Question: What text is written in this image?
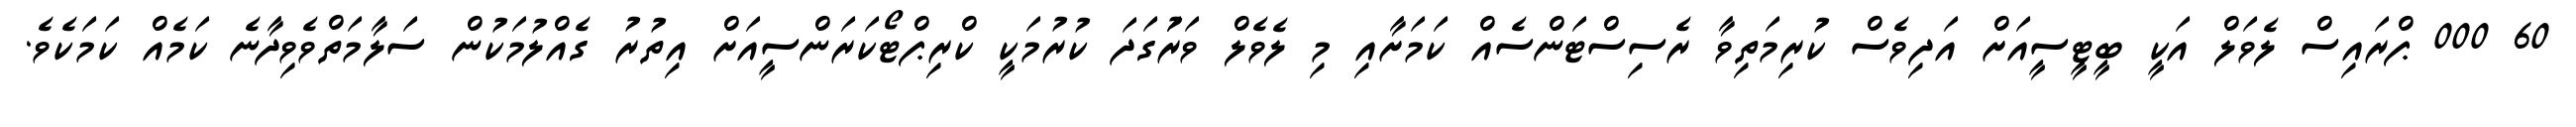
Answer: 60 000 ޕްރައިސް ލެވަލް އަކީ ބީޓީސީއަށް އަދިވެސް ކުރިމަތިވާ ރެސިސްޓަންސެއް ކަމަށާއި މި ލެވެލް ވަރަުގަދަ ކުރުމަކީ ކްރިޕްޓޯކަރަންސީއަށް އިތުރު ގެއްލުމަކުން ސަލާމަތްވެވިދާނެ ކަމެއް ކަމަކެވެ.